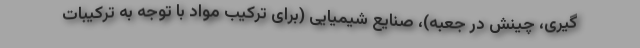
گیری، چینش در جعبه)، صنایع شیمیایی (برای ترکیب مواد با توجه به ترکیبات